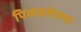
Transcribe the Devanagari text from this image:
पिकवलेल्या